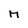
Character: M